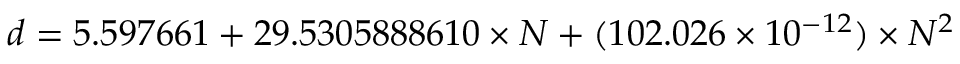
d = 5 . 5 9 7 6 6 1 + 2 9 . 5 3 0 5 8 8 8 6 1 0 \times N + ( 1 0 2 . 0 2 6 \times 1 0 ^ { - 1 2 } ) \times N ^ { 2 }